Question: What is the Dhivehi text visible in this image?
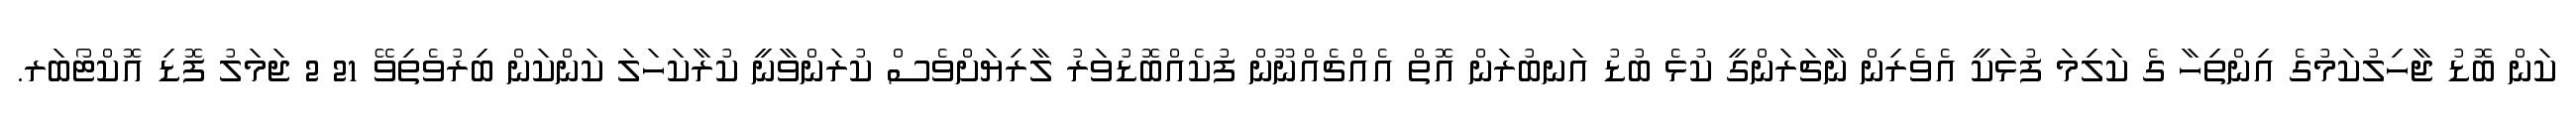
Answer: ކަން ބޮޑު ޖާހިލުކަމުގެ އިންތިހާ ގެ ކަލިމަ ފުޅަކީ އެވެރިން ނާޗަރަންގީ ކުޅެ ބުޑު އަނބުރަން އޮތް އެއްޗެއްނޫން ފުކެއްބޮޑުވަރު ލާރިޔަށްވެސް ކުރަންވާނީ ކުރާކަހަލަ ކަންކަން ބިރުވެތިވޭ 21 2 ޖަމަލު ފޮޑި އޮކްޓޯބަރ.